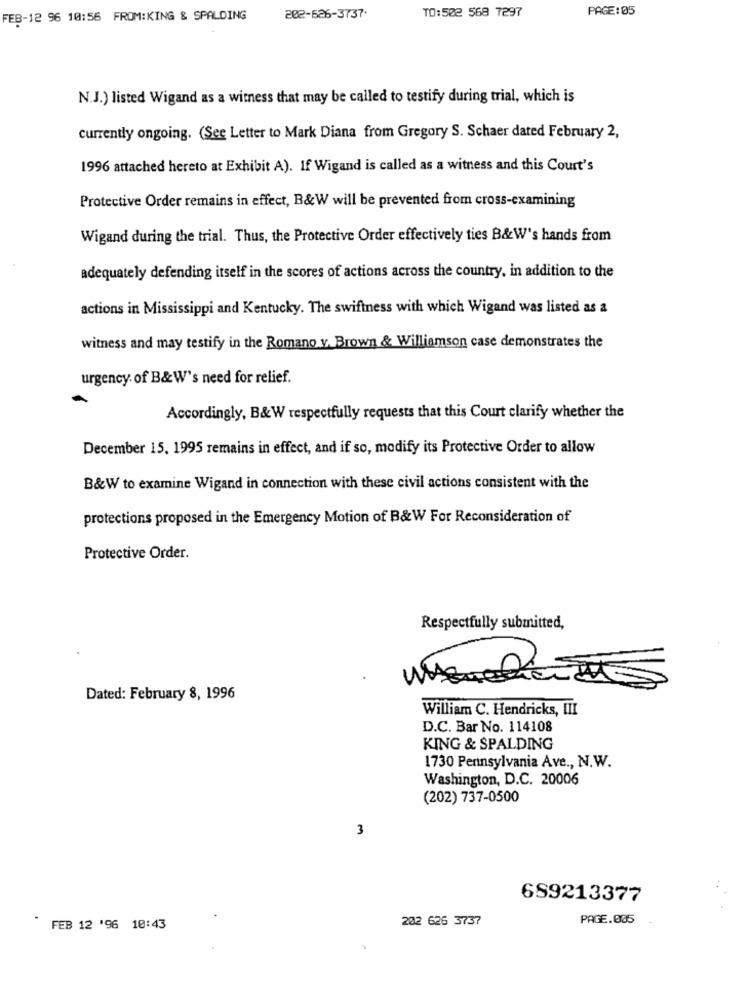
PAGE:05
FEB-12 96 10:56 FROM:KING & SPALDING
202-526-3737.
TO:502 568 7297
N.J.) listed Wigand as a witness that may be called to testify during trial, which is
currently ongoing. (See Letter to Mark Diana from Gregory S. Schaer dated February 2,
1996 attached hereto at Exhibit A). If Wigand is called as a witness and this Court's
Protective Order remains in effect, B&W will be prevented from cross-examining
Wigand during the trial. Thus, the Protective Order effectively ties B&W's hands from
adequately defending itself in the scores of actions across the country, in addition to the
actions in Mississippi and Kentucky. The swiftness with which Wigand was listed as a
witness and may testify in the Romano y. Brown & Williamson case demonstrates the
urgency. of B&W's need for relief.
Accordingly, B&W respectfully requests that this Court clarify whether the
December 15, 1995 remains in effect, and if so, modify its Protective Order to allow
B&W to examine Wigand in connection with these civil actions consistent with the
protections proposed in the Emergency Motion of B&W For Reconsideration of
Protective Order.
Respectfully submitted,
Dated: February 8, 1996
William C. Hendricks, III
D.C. Bar No. 114108
KING & SPALDING
1730 Pennsylvania Ave ., N.W.
Washington, D.C. 20006
(202) 737-0500
3
689213377
202 626 3737
PAGE.005
-
FEB 12 '96 10:43